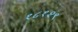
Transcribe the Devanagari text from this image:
१८१२९